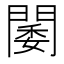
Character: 𨵋